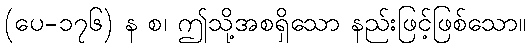
(ပေ-၁၇၆) န စ၊ ဤသို့အစရှိသော နည်းဖြင့်ဖြစ်သော။